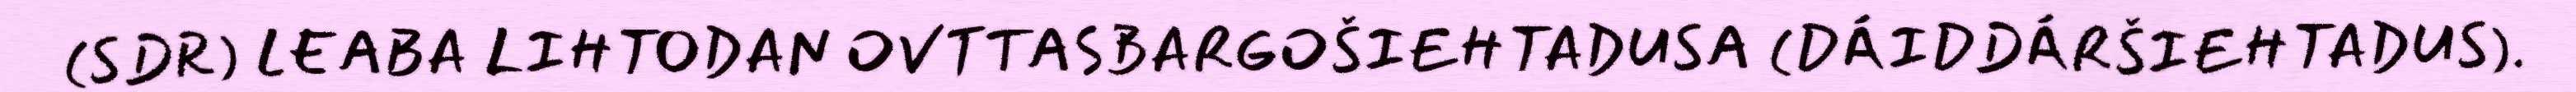
(SDR) LEABA LIHTODAN OVTTASBARGOŠIEHTADUSA (DÁIDDÁRŠIEHTADUS).